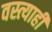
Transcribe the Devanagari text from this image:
वस्त्याही